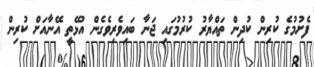
ފެށުމުގެ ކުރިން ކުދިން ތައްޔާރު ކުރުމުގައި ޖަނާ ބައިވެރިވެގެން އުޅޭތީ އޭނާއަށް ކުރިން